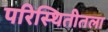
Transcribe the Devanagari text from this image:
परिस्थितीतला